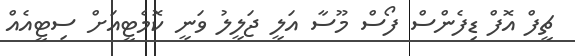
ޗީފް އޮފް ޑިފެންސް ފޯސް މޫސާ އަލީ ޖަލީލު ވަނީ ކޮމެޓީއަށް ސިޓީއެއް